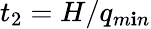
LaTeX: t_{2}=H/q_{m\mathbf{i}n}